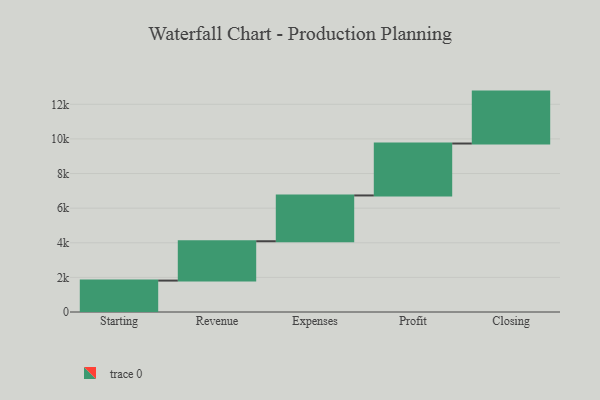
{"axis": {"x": "Step", "y": "Value"}, "legend": [""], "data": [{"x": "Starting", "y": 1815.0, "type": ""}, {"x": "Revenue", "y": 2273.0, "type": ""}, {"x": "Expenses", "y": 2646.0, "type": ""}, {"x": "Profit", "y": 3000, "type": ""}, {"x": "Closing", "y": 3000, "type": ""}]}